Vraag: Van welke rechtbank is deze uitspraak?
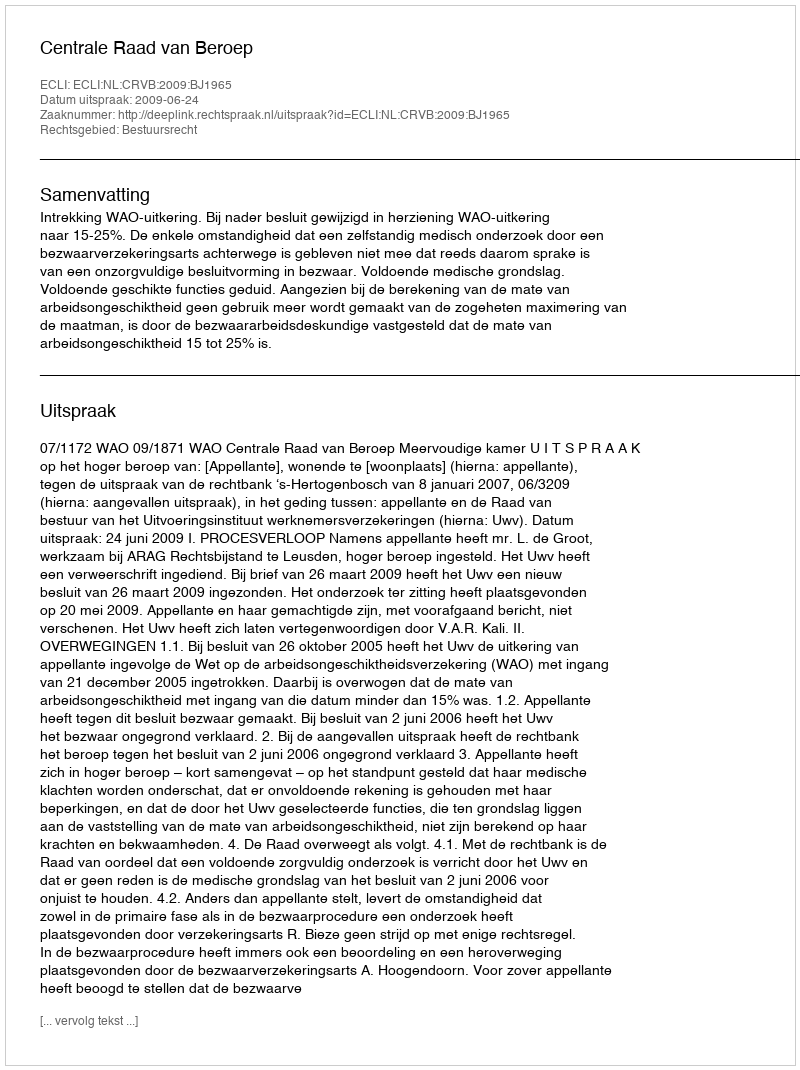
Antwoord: Centrale Raad van Beroep